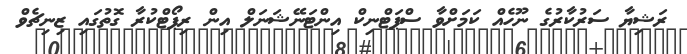
ރަޝިޔާ ސަރުކާރުގެ ނޫހެއް ކަމަށްވާ ސްޕަޓްނިކް އިންޓަނޭޝަނަލް އިން ރިޕޯޓްކުރާ ގޮތުގައި ޒިނިޗެވް